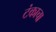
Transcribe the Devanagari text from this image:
टंकाचा